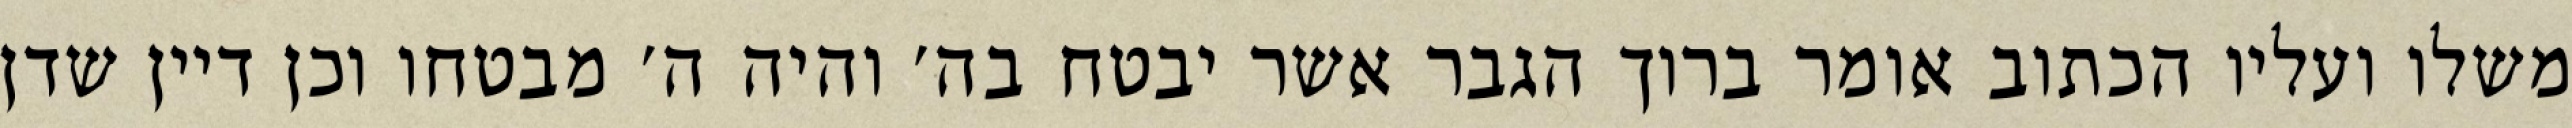
משלו ועליו הכתוב אומר ברוך הגבר אשר יבטח בה׳ והיה ה׳ מבטחו וכן דיין שדן